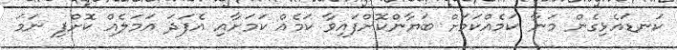
ކަނޑައެޅިގެން މަނާ ކަމެއްކަމަށް ބަޔާންކޮށްފައިވާ ކަމެއް ކަމަށާއި އެފަދަ އަމަލެއް ކޮށްފި ނަމަ